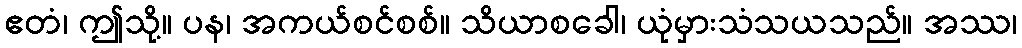
ဧတံ၊ ဤသို့။ ပန၊ အကယ်စင်စစ်။ သိယာစခေါ၊ ယုံမှားသံသယသည်။ အဿ၊